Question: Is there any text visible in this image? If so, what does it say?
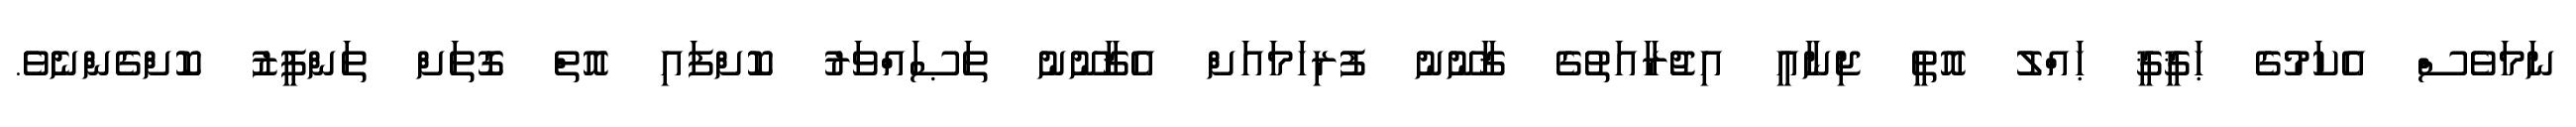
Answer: ނަމަވެސް އެކަމުގެ ޙަޤީޤީ ޙައްލު އޮތީ ޖިނާއީ އިޖުރާއަތުގެ ޤާނޫނު ފުރިހަމައަށް އެޤާނޫނު ތަޞައްވަރު ކޮށްފައި އޮތް ގޮތަށް ތަންފީޒު ކޮށްގެންނެވެ.